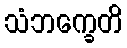
သံဘက္ခေတိ